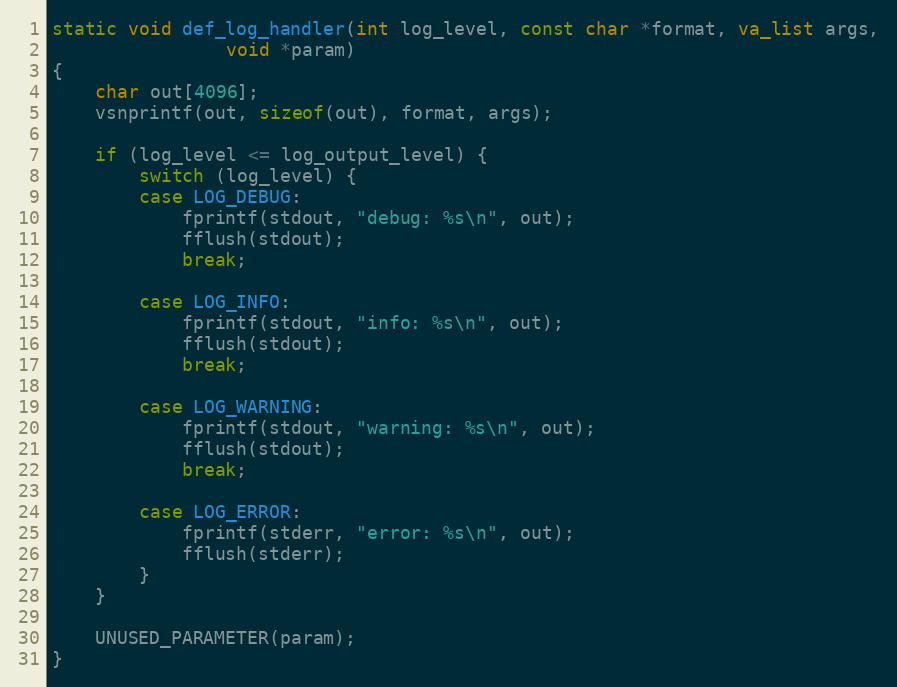
Language: C
static void def_log_handler(int log_level, const char *format, va_list args,
			    void *param)
{
	char out[4096];
	vsnprintf(out, sizeof(out), format, args);

	if (log_level <= log_output_level) {
		switch (log_level) {
		case LOG_DEBUG:
			fprintf(stdout, "debug: %s\n", out);
			fflush(stdout);
			break;

		case LOG_INFO:
			fprintf(stdout, "info: %s\n", out);
			fflush(stdout);
			break;

		case LOG_WARNING:
			fprintf(stdout, "warning: %s\n", out);
			fflush(stdout);
			break;

		case LOG_ERROR:
			fprintf(stderr, "error: %s\n", out);
			fflush(stderr);
		}
	}

	UNUSED_PARAMETER(param);
}